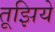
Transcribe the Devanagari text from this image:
तूझिये